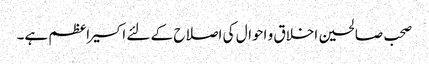
صحب صالحین اخلاق و احوال کی اصلاح کے لئے اکسیر اعظم ہے۔